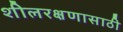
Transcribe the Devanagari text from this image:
शीलरक्षणासाठी